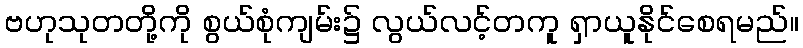
ဗဟုသုတတို့ကို စွယ်စုံကျမ်း၌ လွယ်လင့်တကူ ရှာယူနိုင်စေရမည်။